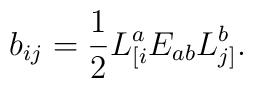
b_{ij}=\frac{1}{2}L^{a}_{[i}E_{ab}L^{b}_{j]}.